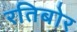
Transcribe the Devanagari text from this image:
रतिबोर